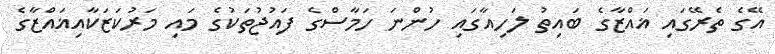
އޭގެ ތެރޭގައި ޣައްޒާގެ ބައިތު ލަހިއާގައި ހުންނަ ހަމާސްގެ ފައުޖުތަކުގެ މައި މަރުކަޒަކާއިޣައްޒާގެ